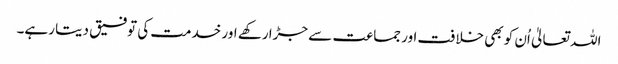
اللہ تعالیٰ اُن کو بھی خلافت اور جماعت سے جڑا رکھے اور خدمت کی توفیق دیتا رہے۔